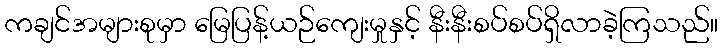
ကချင်အများစုမှာ မြေပြန့်ယဉ်ကျေးမှုနှင့် နီးနီးစပ်စပ်ရှိလာခဲ့ကြသည်။